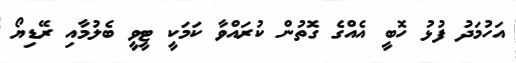
އަހުމަދު ފުޅު ހޮބީ އެއްގެ ގޮތުން ކުރައްވާ ކަމަކީ ޓީވީ ބެލުމާއި ރޭޑިޔޯ